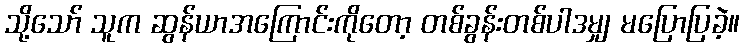
သို့သော် သူက ဆွန်ယာအကြောင်းကိုတော့ တစ်ခွန်းတစ်ပါဒမျှ မပြောပြခဲ့။